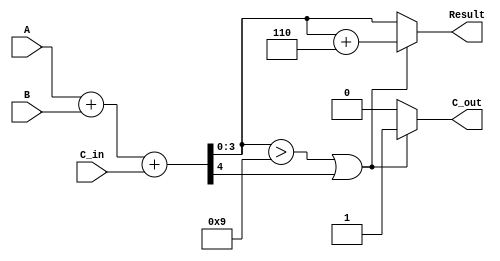
module BCD_Parallel_Adder (
    input [3:0] A,        // First BCD input
    input [3:0] B,        // Second BCD input
    input C_in,           // Carry input
    output reg [3:0] Result, // BCD result output
    output reg C_out      // Carry output
);

// Internal signals
wire [4:0] sum;          // 5-bit sum to accommodate carry
wire correction_needed;   // Flag to check if correction is needed
wire [3:0] corrected_sum; // Corrected BCD sum after adding 6

// Binary addition of A, B, and C_in
assign sum = A + B + C_in;

// Determine if correction is needed
assign correction_needed = (sum[3:0] > 4'd9) || sum[4];

// Correct the sum if necessary
assign corrected_sum = sum[3:0] + 4'd6;

// Always block for output logic
always @(*) begin
    if (correction_needed) begin
        Result = corrected_sum; // Use corrected sum
        C_out = 1;               // Set carry out
    end else begin
        Result = sum[3:0];      // Valid BCD, just pass the sum
        C_out = 0;               // No carry out
    end
end

endmodule